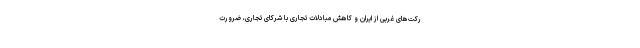
رکت‌های غربی از ایران و کاهش مبادلات تجاری با شرکای تجاری، ضرورت